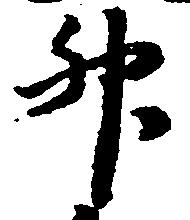
升